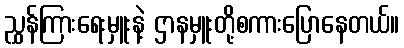
ညွှန်ကြားရေးမှူးနဲ့ ဌာနမှူးတို့စကားပြောနေတယ်။